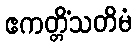
ဧကတ္တိံသတိမံ